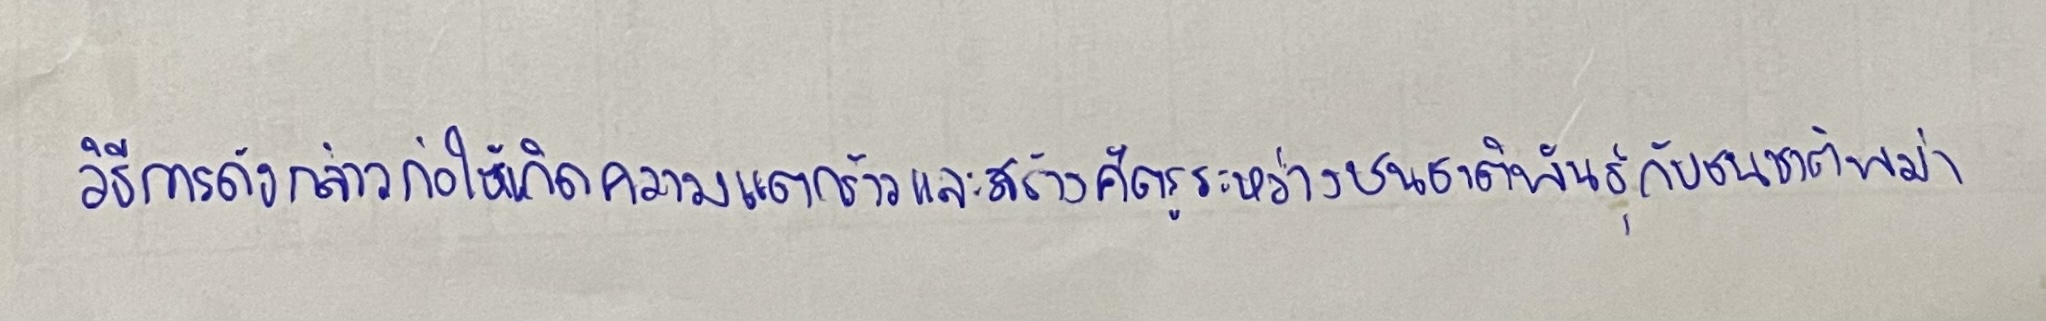
วิธีการดังกล่าวก่อให้เกิดความแตกร้าวและสร้างศัตรูระหว่างชนชาติพันธุ์กับชนชาติพม่า